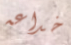
خداعه